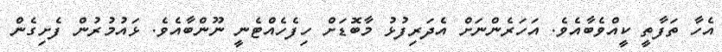
އެހާ ތަފާތީ ކީއްވެބާއެވެ. އަހަރެންނަށް އެދަރިފުޅު މާބޮޑަށް ހިފެހެއްޓެނީ ނޫންބާއެވެ. ޅައުމުރުން ފެށިގެން